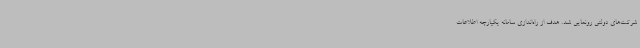
شرکت‌های دولتی رونمایی شد. هدف از راه‌اندازی سامانه یکپارچه اطلاعات